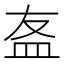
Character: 𥁊